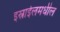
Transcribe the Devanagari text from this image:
इस्राईलमधील